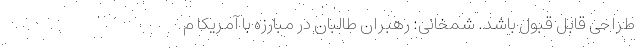
طراحی قابل قبول باشد. شمخانی: رهبران طالبان در مبارزه با آمریکا م